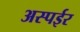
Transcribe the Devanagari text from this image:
अस्पईर